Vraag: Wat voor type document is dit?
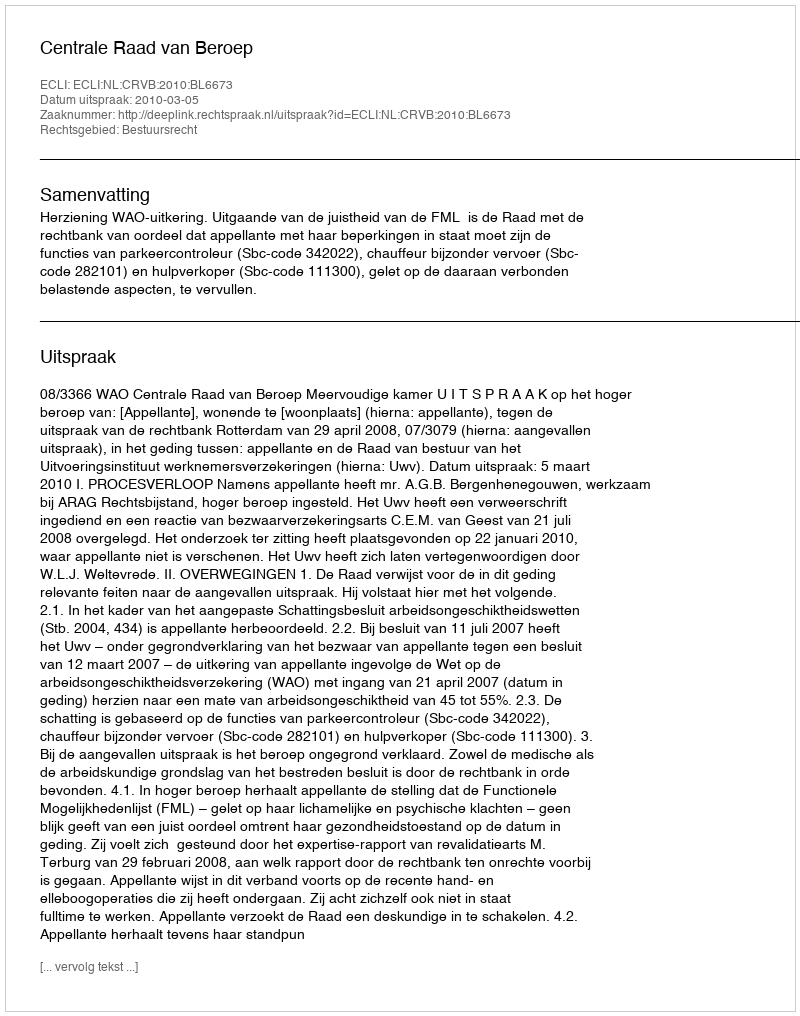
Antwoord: Uitspraak